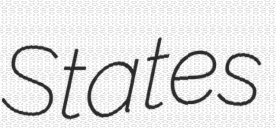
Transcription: States